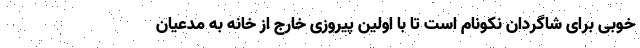
خوبی برای شاگردان نکونام است تا با اولین پیروزی خارج از خانه به مدعیان